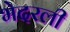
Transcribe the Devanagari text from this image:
भेदरली